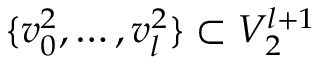
\{ v _ { 0 } ^ { 2 } , \ldots , v _ { l } ^ { 2 } \} \subset V _ { 2 } ^ { l + 1 }